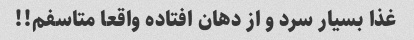
غذا بسیار سرد و از دهان افتاده واقعا متاسفم!!